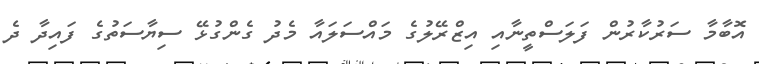
އޮބާމާ ސަރުކާރުން ފަލަސްތީނާއި އިޒްރޭލުގެ މައްސަލައާ މެދު ގެންގުޅޭ ސިޔާސަތުގެ ފައިދާ ދެ